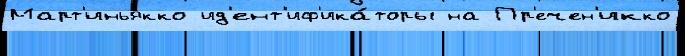
Март'иньякко ид'ент'иф'ика́торы на Пр'ечен'икко